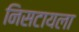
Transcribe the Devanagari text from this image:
निसटायला